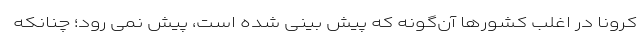
کرونا در اغلب کشورها آن‌گونه که پیش بینی شده است، پیش نمی رود؛ چنانکه